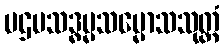
ပဌမသဒ္ဓမ္မသမ္မောသသုတ္တံ